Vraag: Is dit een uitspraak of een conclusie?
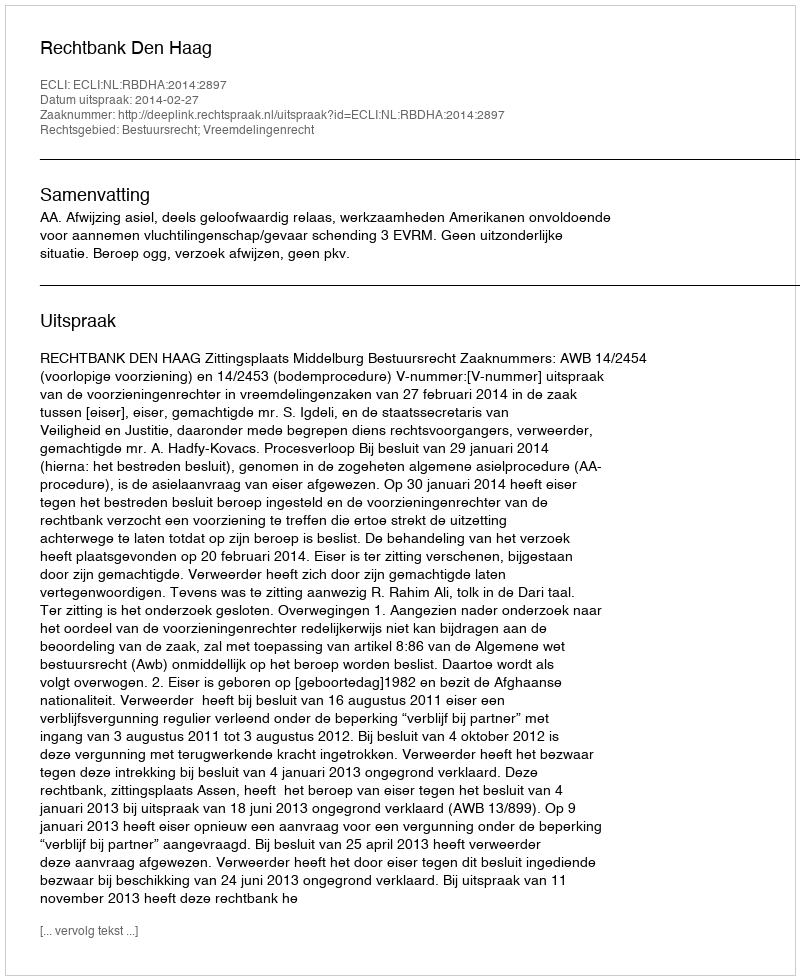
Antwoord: Uitspraak